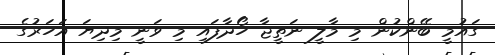
ގައުމީ ބޭންކުން މި މާލީ ނަތީޖާ ހޯދާފައި މި ވަނީ މިދިޔަ އަހަރުގެ